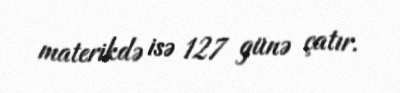
materikdə isə 127 günə çatır.